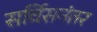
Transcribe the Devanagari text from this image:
सर्विसनंतर